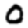
Digit: 0